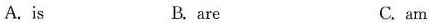
A.is B. are C. am